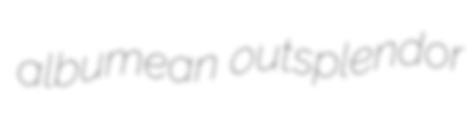
albumean outsplendor